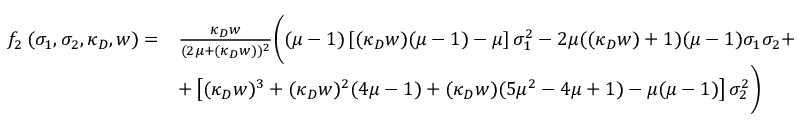
\begin{array} { r l } { f _ { 2 } \left( \sigma _ { 1 } , \sigma _ { 2 } , \kappa _ { D } , w \right) = } & { \frac { \kappa _ { D } w } { ( 2 \mu + ( \kappa _ { D } w ) ) ^ { 2 } } \bigg ( ( \mu - 1 ) \left[ ( \kappa _ { D } w ) ( \mu - 1 ) - \mu \right] \sigma _ { 1 } ^ { 2 } - 2 \mu ( ( \kappa _ { D } w ) + 1 ) ( \mu - 1 ) \sigma _ { 1 } \sigma _ { 2 } + } \\ & { + \left[ ( \kappa _ { D } w ) ^ { 3 } + ( \kappa _ { D } w ) ^ { 2 } ( 4 \mu - 1 ) + ( \kappa _ { D } w ) ( 5 \mu ^ { 2 } - 4 \mu + 1 ) - \mu ( \mu - 1 ) \right] \sigma _ { 2 } ^ { 2 } \bigg ) } \end{array}